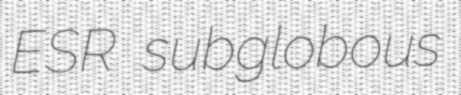
ESR subglobous